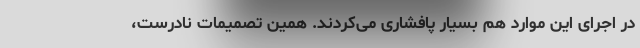
در اجرای این موارد هم بسیار پافشاری می‌کردند. همین تصمیمات نادرست،